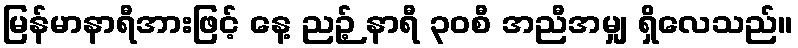
မြန်မာနာရီအားဖြင့် နေ့ ညဉ့် နာရီ ၃၀စီ အညီအမျှ ရှိလေသည်။